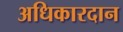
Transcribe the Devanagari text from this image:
अधिकारदान